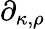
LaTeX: \partial_{\kappa,\rho}